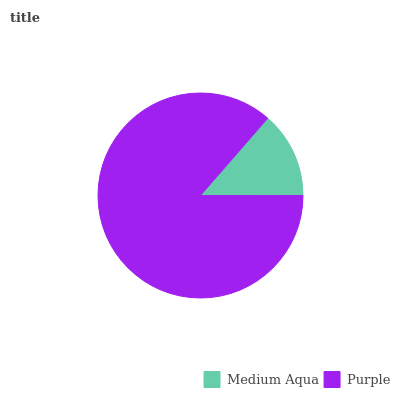
| Medium Aqua | Purple |
 | --- | --- |
 | 13.6% | 86.4% |